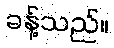
ခန့်သည်။